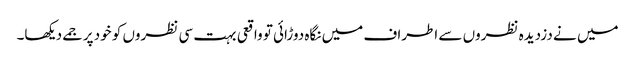
میں نے دزدیدہ نظروں سے اطراف میں نگاہ دوڑائی تو واقعی بہت سی نظروں کو خود پر جمے دیکھا۔